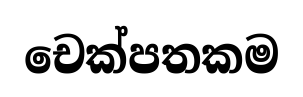
චෙක්පතකම